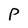
Character: P